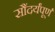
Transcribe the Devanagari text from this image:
सौंदर्यंपूर्ण